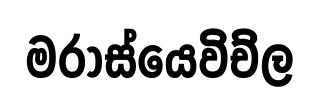
මරාස්යෙවිච්ල